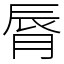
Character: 脣